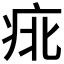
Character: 𱱍